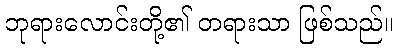
ဘုရားလောင်းတို့၏ တရားသာ ဖြစ်သည်။